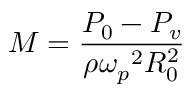
{ \cal M } = \frac { P _ { 0 } - P _ { v } } { \rho { \omega _ { p } } ^ { 2 } R _ { 0 } ^ { 2 } }